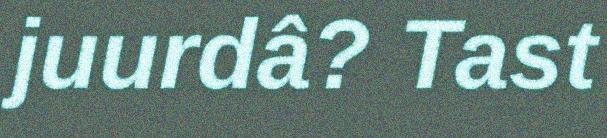
juurdâ? Tast